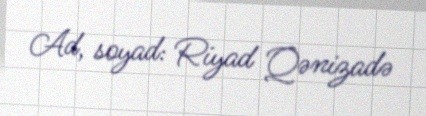
Ad, soyad: Riyad Qənizadə